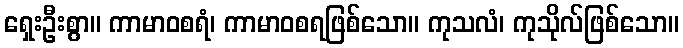
ရှေးဦးစွာ။ ကာမာဝစရံ၊ ကာမာဝစရဖြစ်သော။ ကုသလံ၊ ကုသိုလ်ဖြစ်သော။